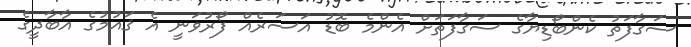
ސަގާފަތު ކެންބޯޑިޔާގެ ސަގާފަތަށް އެންމެ ބޮޑު އަސަރެއް ފޯރުވަނީ އެ ޤައުމުގެ އާބާދީގެ